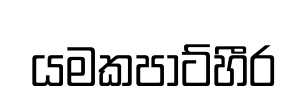
යමකපාට්හීර